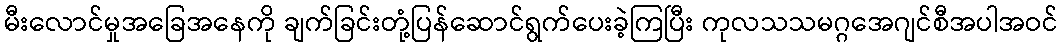
မီးလောင်မှုအခြေအနေကို ချက်ခြင်းတုံ့ပြန်ဆောင်ရွက်ပေးခဲ့ကြပြီး ကုလသသမဂ္ဂအေဂျင်စီအပါအဝင်